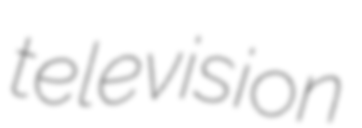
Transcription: television